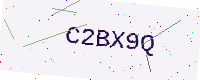
Text: C2BX9Q